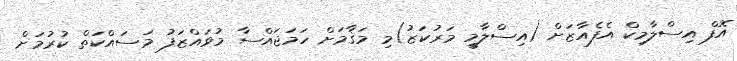
އޮފް އިސްލާމިކް އެފެއާޒަށް (އިސްލާމީ މަރުކަޒު)މި މަޤާމަށް ހަމަޖައްސާ މުވައްޒަފު މަސައްކަތް ކުރުމަށް